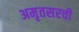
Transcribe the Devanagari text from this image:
अमृतसरची